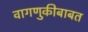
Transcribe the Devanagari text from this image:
वागणुकीबाबत